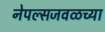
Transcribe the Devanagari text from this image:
नेपल्सजवळच्या